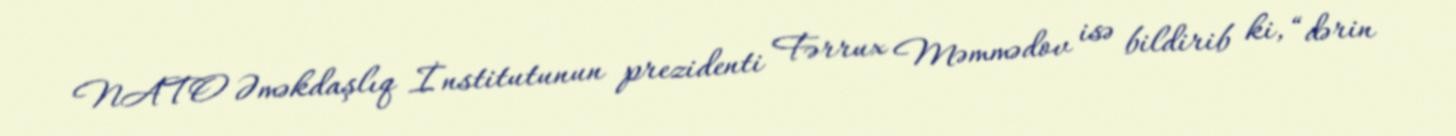
NATO Əməkdaşlıq İnstitutunun prezidenti Fərrux Məmmədov isə bildirib ki, “dərin